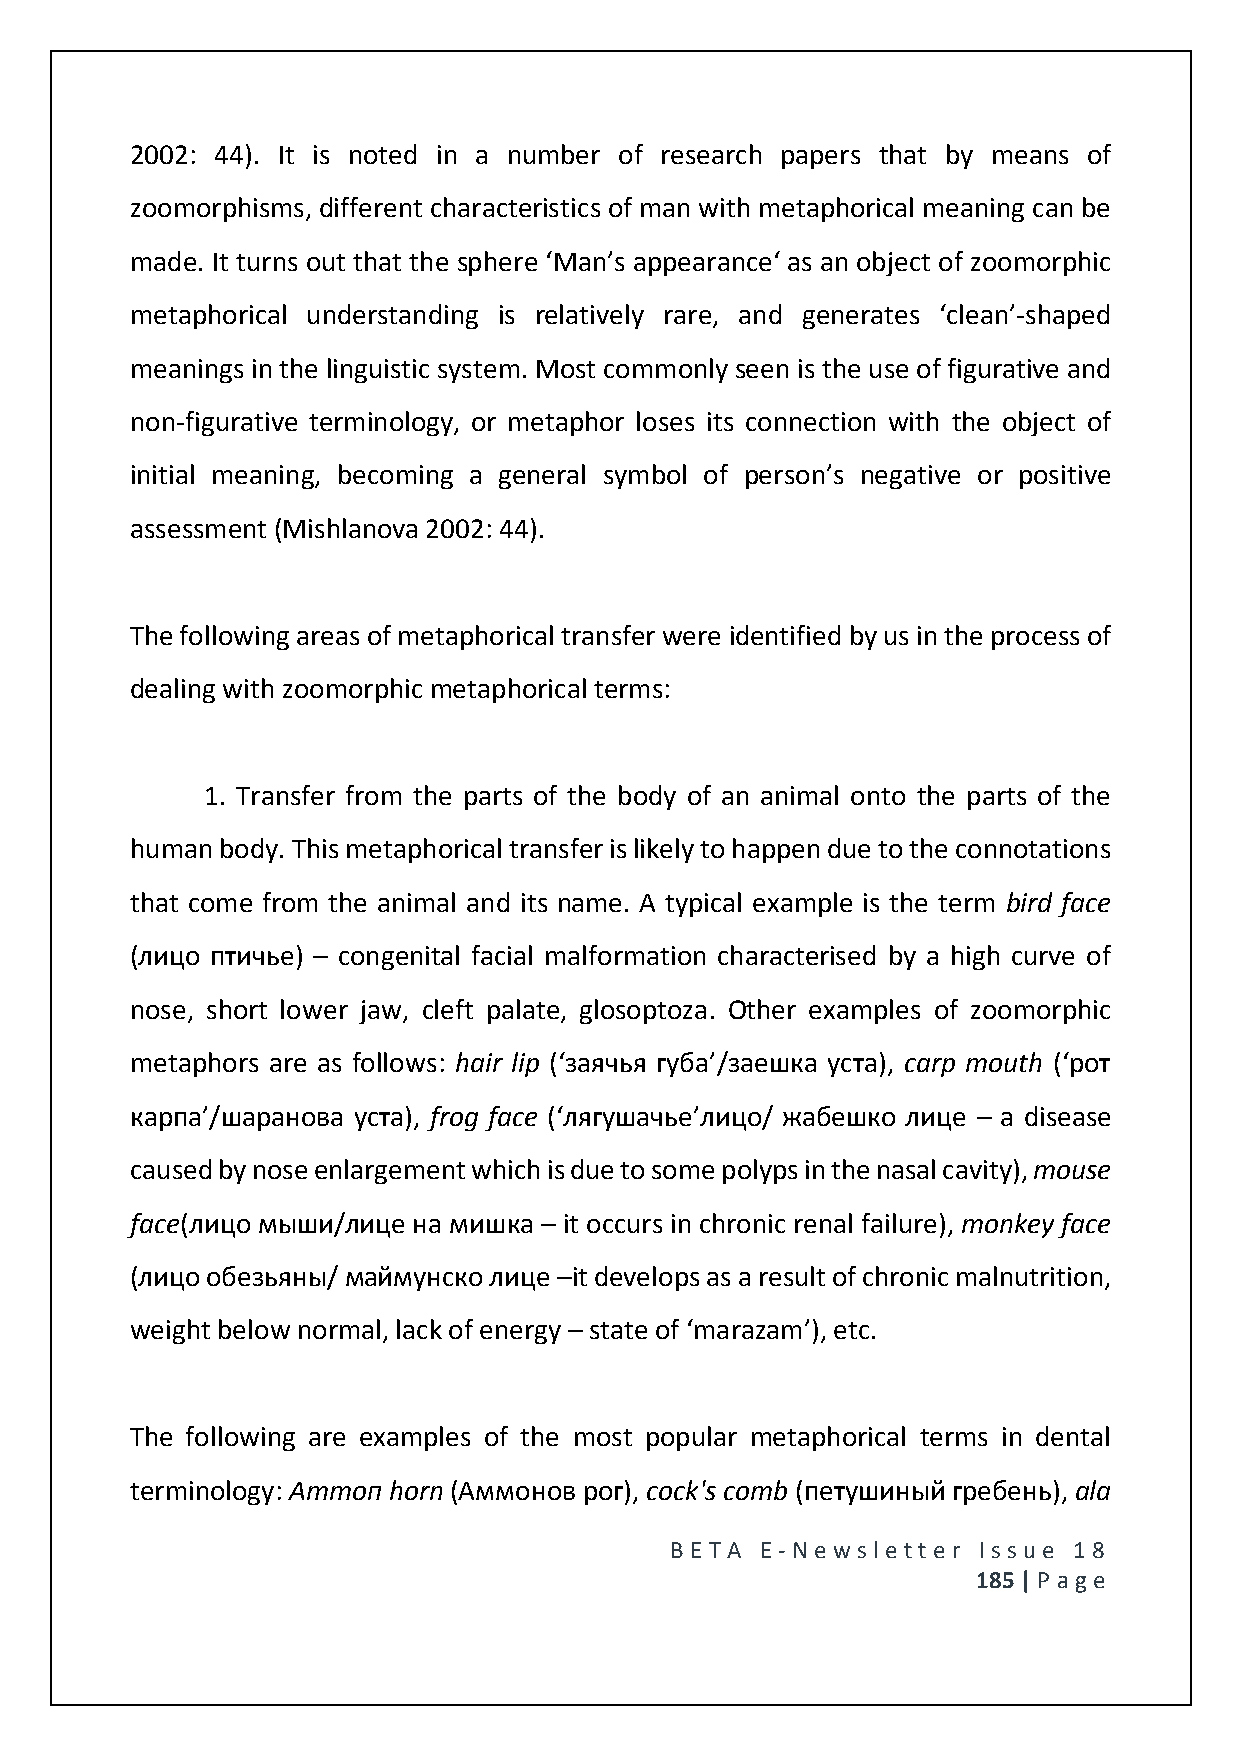
2002: 44). It is noted in a number of research papers that by means of
 zoomorphisms, different characteristics of man with metaphorical meaning can be
 made. It turns out that the sphere ‘Man’s appearance‘ as an object of zoomorphic
 metaphorical understanding is relatively rare, and generates ‘clean’-shaped
 meanings in the linguistic system. Most commonly seen is the use of figurative and
 non-figurative terminology, or metaphor loses its connection with the object of
 initial meaning, becoming a general symbol of person’s negative or positive
 assessment (Mishlanova 2002: 44).
 The following areas of metaphorical transfer were identified by us in the process of
 dealing with zoomorphic metaphorical terms:
 1. Transfer from the parts of the body of an animal onto the parts of the
 human body. This metaphorical transfer is likely to happen due to the connotations
 that come from the animal and its name. A typical example is the term bird face
 (лицо птичье) – congenital facial malformation characterised by a high curve of
 nose, short lower jaw, cleft palate, glosoptoza. Other examples of zoomorphic
 metaphors are as follows: hair lip (‘заячья губа’/заешка уста), carp mouth (‘рот
 карпа’/шаранова уста), frog face (‘лягушачье’лицо/ жабешко лице – a disease
 caused by nose enlargement which is due to some polyps in the nasal cavity), mouse
 face(лицо мыши/лице на мишка – it occurs in chronic renal failure), monkey face
 (лицо обезьяны/ маймунско лице –it develops as a result of chronic malnutrition,
 weight below normal, lack of energy – state of ‘marazam’), etc.
 The following are examples of the most popular metaphorical terms in dental
 terminology: Аттоп horn (Аммонов рог), cock's comb (петушиный гребень), ala
 BE T A E -N e wsle tt e r Issue 18
 185 | P age